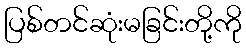
ပြစ်တင်ဆုံးမခြင်းတို့ကို